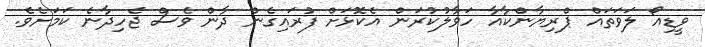
ވީޑިއޯ ލަވަތައް ޕްރިޔާންކާއާ ހަވާލުކުރަން އެކޮޅަށް ފުރައިގެން ދާން ވެސް ޖެހިދާނެ ކަމަށެވެ.